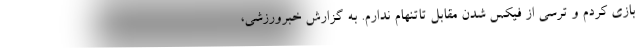
بازی کردم و ترسی از فیکس شدن مقابل تاتنهام ندارم. به گزارش خبرورزشی،